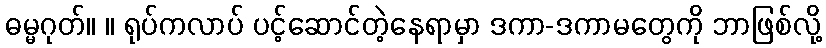
ဓမ္မဂုတ်။ ။ ရုပ်ကလာပ် ပင့်ဆောင်တဲ့နေရာမှာ ဒကာ-ဒကာမတွေကို ဘာဖြစ်လို့